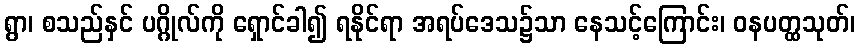
ရွာ၊ စသည်နှင် ပဂ္ဂိုလ်ကို ရှောင်ခါ၍ ရနိုင်ရာ အရပ်ဒေသ၌သာ နေသင့်ကြောင်း၊ ဝနပတ္ထသုတ်၊